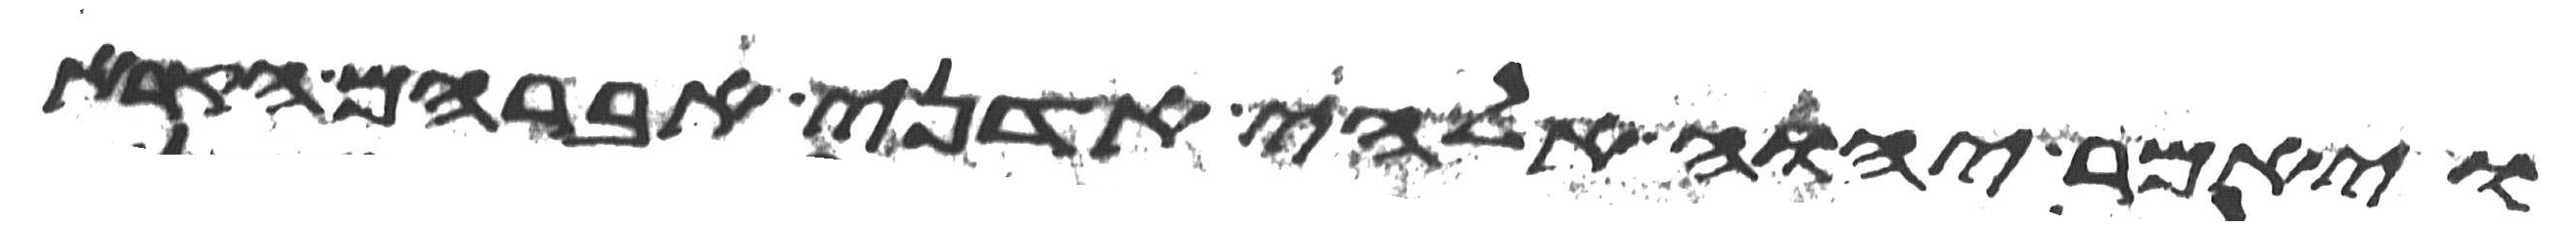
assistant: ויאמר יהוה אלהי אדני אברהם הקרא